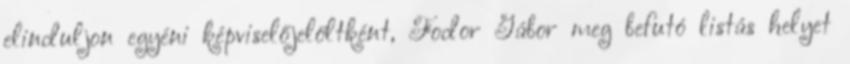
elinduljon egyéni képviselőjelöltként, Fodor Gábor meg befutó listás helyet